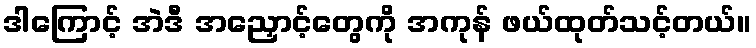
ဒါကြောင့် အဲဒီ အညှောင့်တွေကို အကုန် ဖယ်ထုတ်သင့်တယ်။